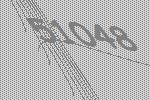
51048